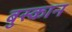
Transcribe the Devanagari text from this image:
बुस्कान